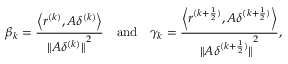
{ \beta _ { k } } = \frac { { \left\langle { { r ^ { ( k ) } } , A { \delta ^ { ( k ) } } } \right\rangle } } { { { { \| { A { \delta ^ { ( k ) } } } \| } ^ { 2 } } } } \quad { \mathrm { a n d } } \quad { { \gamma _ { k } } = \frac { { \left\langle { { r ^ { ( k + \frac { 1 } { 2 } ) } } , A { \delta ^ { ( k + \frac { 1 } { 2 } ) } } } \right\rangle } } { { { { \| { A { \delta ^ { ( k + \frac { 1 } { 2 } ) } } } \| } ^ { 2 } } } } } ,